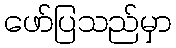
ဖော်ပြသည်မှာ